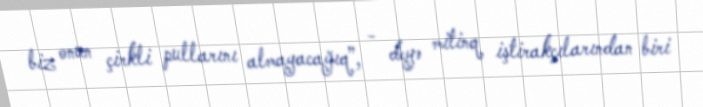
biz onun çirkli pullarını almayacağıq”, - deyə mitinq iştirakçılarından biri